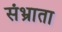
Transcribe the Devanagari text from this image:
संभ्राता